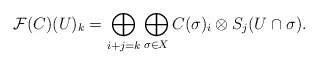
\begin{align*}\mathcal{F}(C)(U)_k=\bigoplus_{i+j=k}\bigoplus_{\sigma\in X}C(\sigma)_i\otimes S_j(U\cap\sigma).\end{align*}